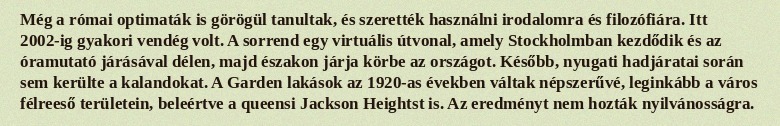
Még a római optimaták is görögül tanultak, és szerették használni irodalomra és filozófiára. Itt 2002-ig gyakori vendég volt. A sorrend egy virtuális útvonal, amely Stockholmban kezdődik és az óramutató járásával délen, majd északon járja körbe az országot. Később, nyugati hadjáratai során sem kerülte a kalandokat. A Garden lakások az 1920-as években váltak népszerűvé, leginkább a város félreeső területein, beleértve a queensi Jackson Heightst is. Az eredményt nem hozták nyilvánosságra.